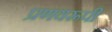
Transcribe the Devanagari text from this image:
प्रणयरूपी